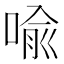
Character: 喩